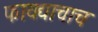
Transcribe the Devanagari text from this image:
फायद्याचाच